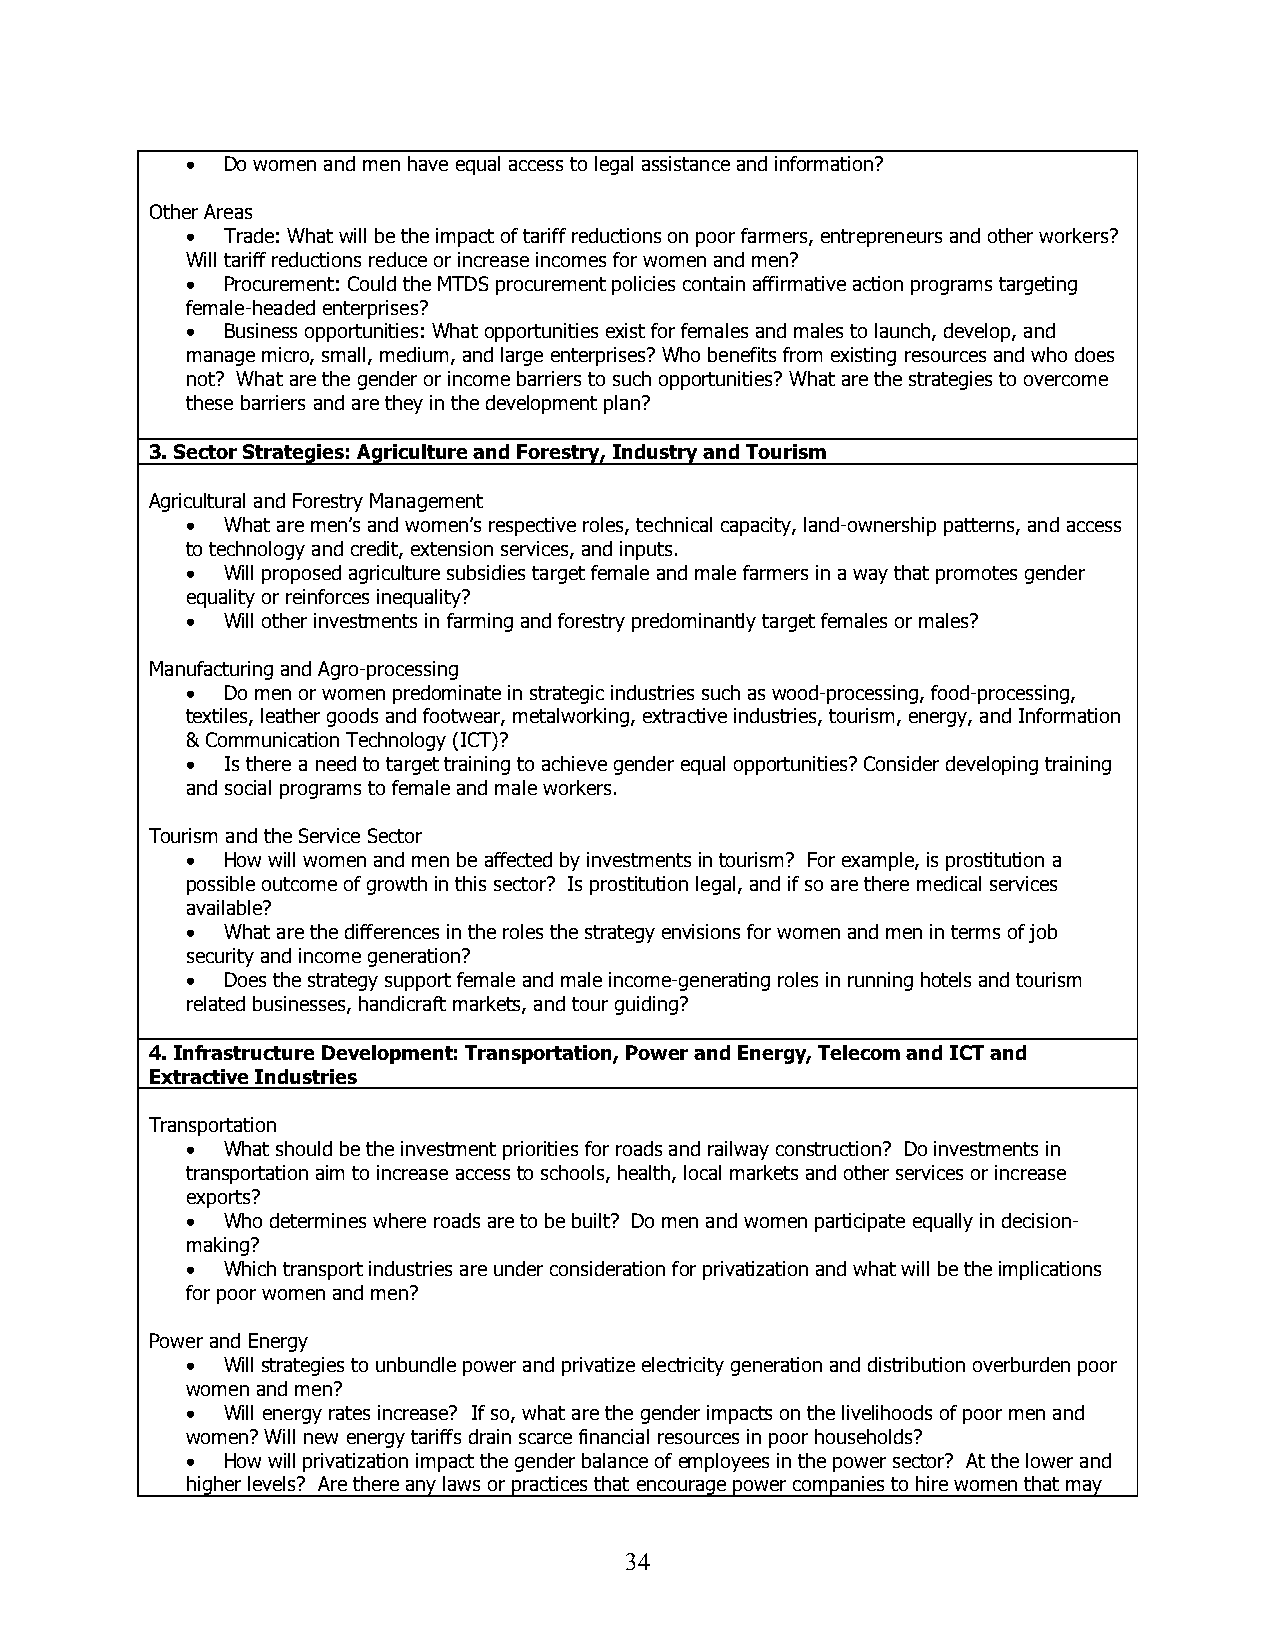
•  Do women and men have equal access to legal assistance and information?
 Other Areas
 •  Trade: What will be the impact of tariff reductions on poor farmers, entrepreneurs and other workers?
 Will tariff reductions reduce or increase incomes for women and men?
 •  Procurement: Could the MTDS procurement policies contain affirmative action programs targeting
 female-headed enterprises?
 •  Business opportunities: What opportunities exist for females and males to launch, develop, and
 manage micro, small, medium, and large enterprises? Who benefits from existing resources and who does
 not? What are the gender or income barriers to such opportunities? What are the strategies to overcome
 these barriers and are they in the development plan?
 3. Sector Strategies: Agriculture and Forestry, Industry and Tourism
 Agricultural and Forestry Management
 •  What are men’s and women’s respective roles, technical capacity, land-ownership patterns, and access
 to technology and credit, extension services, and inputs.
 •  Will proposed agriculture subsidies target female and male farmers in a way that promotes gender
 equality or reinforces inequality?
 •  Will other investments in farming and forestry predominantly target females or males?
 Manufacturing and Agro-processing
 •  Do men or women predominate in strategic industries such as wood-processing, food-processing,
 textiles, leather goods and footwear, metalworking, extractive industries, tourism, energy, and Information
 & Communication Technology (ICT)?
 •  Is there a need to target training to achieve gender equal opportunities? Consider developing training
 and social programs to female and male workers.
 Tourism and the Service Sector
 •  How will women and men be affected by investments in tourism? For example, is prostitution a
 possible outcome of growth in this sector? Is prostitution legal, and if so are there medical services
 available?
 •  What are the differences in the roles the strategy envisions for women and men in terms of job
 security and income generation?
 •  Does the strategy support female and male income-generating roles in running hotels and tourism
 related businesses, handicraft markets, and tour guiding?
 4. Infrastructure Development: Transportation, Power and Energy, Telecom and ICT and
 Extractive Industries
 Transportation
 •  What should be the investment priorities for roads and railway construction? Do investments in
 transportation aim to increase access to schools, health, local markets and other services or increase
 exports?
 •  Who determines where roads are to be built? Do men and women participate equally in decision-
 making?
 •  Which transport industries are under consideration for privatization and what will be the implications
 for poor women and men?
 Power and Energy
 •  Will strategies to unbundle power and privatize electricity generation and distribution overburden poor
 women and men?
 •  Will energy rates increase? If so, what are the gender impacts on the livelihoods of poor men and
 women? Will new energy tariffs drain scarce financial resources in poor households?
 •  How will privatization impact the gender balance of employees in the power sector? At the lower and
 higher levels? Are there any laws or practices that encourage power companies to hire women that may
 3 4